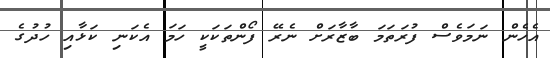
އެހެން ނަމަވެސް ފުރަތަމަ ބާޒާރަށް ނެރޭ ފޯންތަކަކީ ހަމަ އެކަނި ކަޅާއި ހުދުގެ